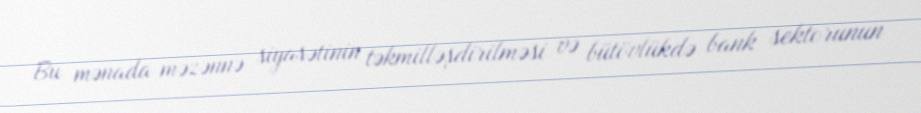
Bu mənada məzənnə siyasətinin təkmilləşdirilməsi və bütövlükdə bank sektorunun